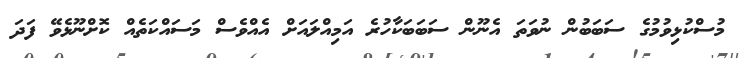
މުސްކުޅިވުމުގެ ސަބަބުން ނުވަތަ އެނޫން ސަބަބަކާހުރެ އަމިއްލައަށް އެއްވެސް މަސައްކަތެއް ކޮށްނޫޅެވޭ ފަދަ